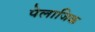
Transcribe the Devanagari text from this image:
पेलाजिक